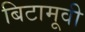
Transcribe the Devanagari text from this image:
बिटामूवी